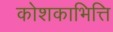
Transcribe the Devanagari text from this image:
कोशकाभित्ति